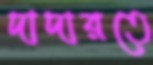
দাদারতে